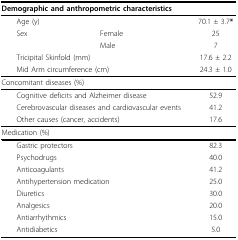
<table><thead><tr><td colspan="2"><b>Demographic and anthropometric characteristics</b></td><td></td></tr></thead><tbody><tr><td colspan="2"> Age (y)</td><td>70.1 ± 3.7<b>*</b></td></tr><tr><td> Sex</td><td>Female</td><td>25</td></tr><tr><td></td><td>Male</td><td>7</td></tr><tr><td colspan="2"> Tricipital Skinfold (mm)</td><td>17.6 ± 2.2</td></tr><tr><td colspan="2"> Mid Arm circumference (cm)</td><td>24.3 ± 1.0</td></tr><tr><td colspan="2">Concomitant diseases (%)</td><td></td></tr><tr><td colspan="2"> Cognitive deficits and Alzheimer disease</td><td>52.9</td></tr><tr><td colspan="2"> Cerebrovascular diseases and cardiovascular events</td><td>41.2</td></tr><tr><td colspan="2"> Other causes (cancer, accidents)</td><td>17.6</td></tr><tr><td colspan="2">Medication (%)</td><td></td></tr><tr><td colspan="2"> Gastric protectors</td><td>82.3</td></tr><tr><td colspan="2"> Psychodrugs</td><td>40.0</td></tr><tr><td colspan="2"> Anticoagulants</td><td>41.2</td></tr><tr><td colspan="2"> Antihypertension medication</td><td>25.0</td></tr><tr><td colspan="2"> Diuretics</td><td>30.0</td></tr><tr><td colspan="2"> Analgesics</td><td>20.0</td></tr><tr><td colspan="2"> Antiarrhythmics</td><td>15.0</td></tr><tr><td colspan="2"> Antidiabetics</td><td>5.0</td></tr></tbody></table>